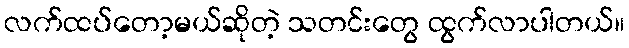
လက်ထပ်တော့မယ်ဆိုတဲ့ သတင်းတွေ ထွက်လာပါတယ်။